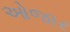
ઓજાર